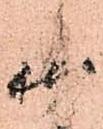
御